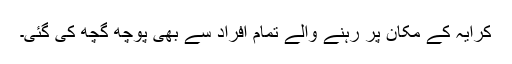
کرایہ کے مکان پر رہنے والے تمام افراد سے بھی پوچھ گچھ کی گئی۔